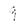
Character: 9